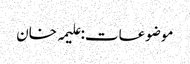
موضوعات:علیمہ خان